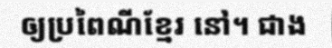
ឲ្យប្រពៃណីខ្មែរ នៅ។ ជាង